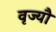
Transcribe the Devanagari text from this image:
वृज्यौ